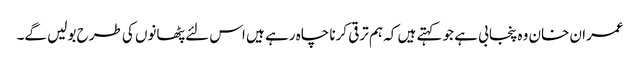
عمران خان وہ پنجابی ہے جو کہتے ہیں کہ ہم ترقی کرنا چاہ رہے ہیں اس لئے پٹھانوں کی طرح بولیں گے۔